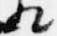
相